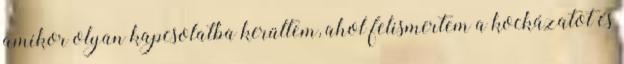
amikor olyan kapcsolatba kerültem, ahol felismertem a kockázatot és